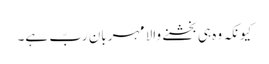
کیونکہ وہ ہی بخشنے والا مہربان ربّ ہے۔